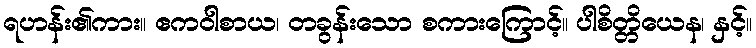
ရဟန်း၏ကား။ ဧကဝါစာယ၊ တခွန်းသော စကားကြောင့်။ ပါစိတ္တိယေန၊ နှင့်။